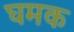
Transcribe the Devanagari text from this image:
घमक